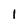
Character: 1